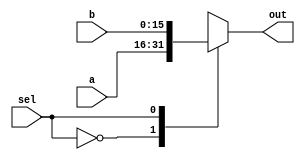
/*
   This file was generated automatically by the Mojo IDE version B1.3.6.
   Do not edit this file directly. Instead edit the original Lucid source.
   This is a temporary file and any changes made to it will be destroyed.
*/

module mux_2_29 (
    input [15:0] a,
    input [15:0] b,
    input sel,
    output reg [15:0] out
  );
  
  
  
  always @* begin
    
    case (sel)
      1'h0: begin
        out = a;
      end
      1'h1: begin
        out = b;
      end
      default: begin
        out = 16'h0000;
      end
    endcase
  end
endmodule